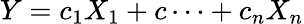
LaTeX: Y=c_{1}X_{1}+c\dots+c_{n}X_{n}